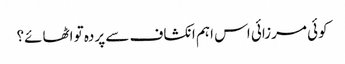
کوئی مرزائی اس اہم انکشاف سے پردہ تو اٹھائے؟